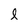
Character: l